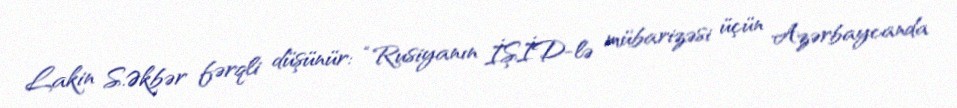
Lakin S.Əkbər fərqli düşünür: “Rusiyanın İŞİD-lə mübarizəsi üçün Azərbaycanda